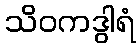
သိဝကဒွါရံ